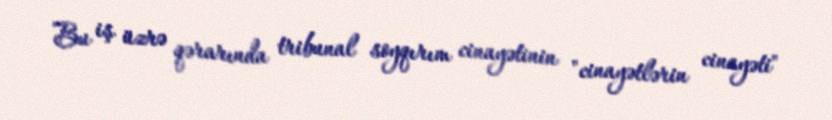
Bu iş üzrə qərarında tribunal soyqırım cinayətinin "cinayətlərin cinayəti"